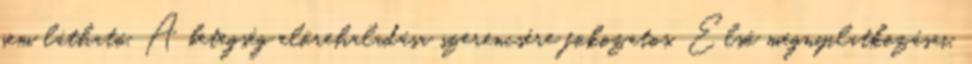
sem látható. A betegség előrehaladása szerencsére fokozatos. Első megnyilatkozásai,